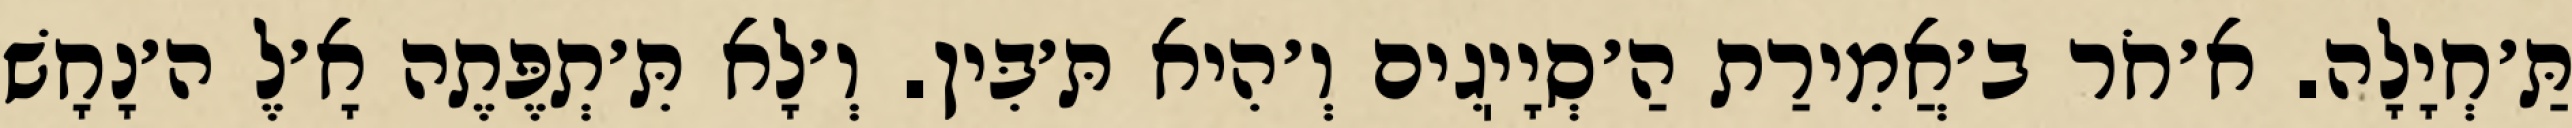
תַּ׳חְיָלָה. א׳חֹר ב׳אֲמִירַת הַ׳סְיָיֽגִים וְ׳הִיא תּ׳בִּין. וְ׳לָא תִּ׳תְפֶּתֶה אָ׳לֶ ה׳נָחָשׁ